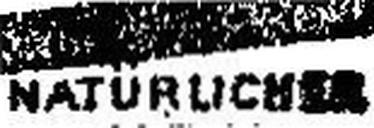
NATURLICHER